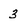
Character: 3